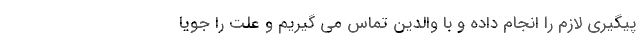
پیگیری لازم را انجام داده و با والدین تماس می گیریم و علت را جویا